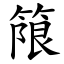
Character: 䈨